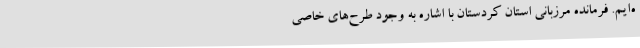
ه‌ایم. فرمانده مرزبانی استان کردستان با اشاره به وجود طرح‌های خاصی